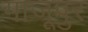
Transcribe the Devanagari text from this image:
गाजूपुर